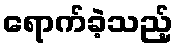
ရောက်ခဲ့သည့်